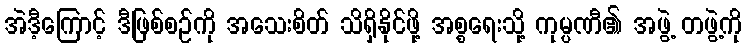
အဲဒီ့ကြောင့် ဒီဖြစ်စဉ်ကို အသေးစိတ် သိရှိနိုင်ဖို့ အစ္စရေးသို့ ကုမ္ပဏီ၏ အဖွဲ့ တဖွဲ့ကို